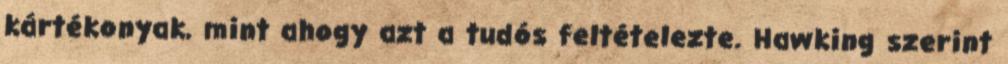
kártékonyak, mint ahogy azt a tudós feltételezte. Hawking szerint